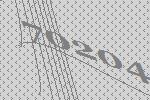
70204